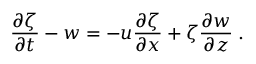
\frac { \partial \zeta } { \partial t } - w = - u \frac { \partial \zeta } { \partial x } + \zeta \frac { \partial w } { \partial z } \; .